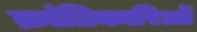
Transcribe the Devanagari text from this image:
क्रांतिकारिओं